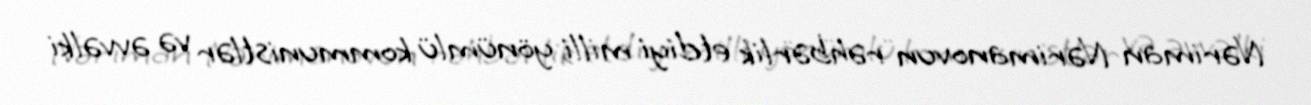
Nəriman Nərimanovun rəhbərlik etdiyi milli yönümlü kommunistlər və əvvəlki